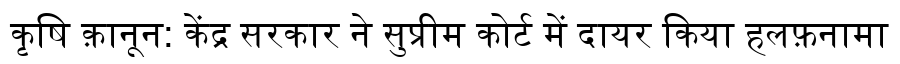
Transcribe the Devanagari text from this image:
कृषि क़ानून: केंद्र सरकार ने सुप्रीम कोर्ट में दायर किया हलफ़नामा